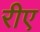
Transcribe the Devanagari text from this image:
रीए